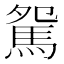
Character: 駌